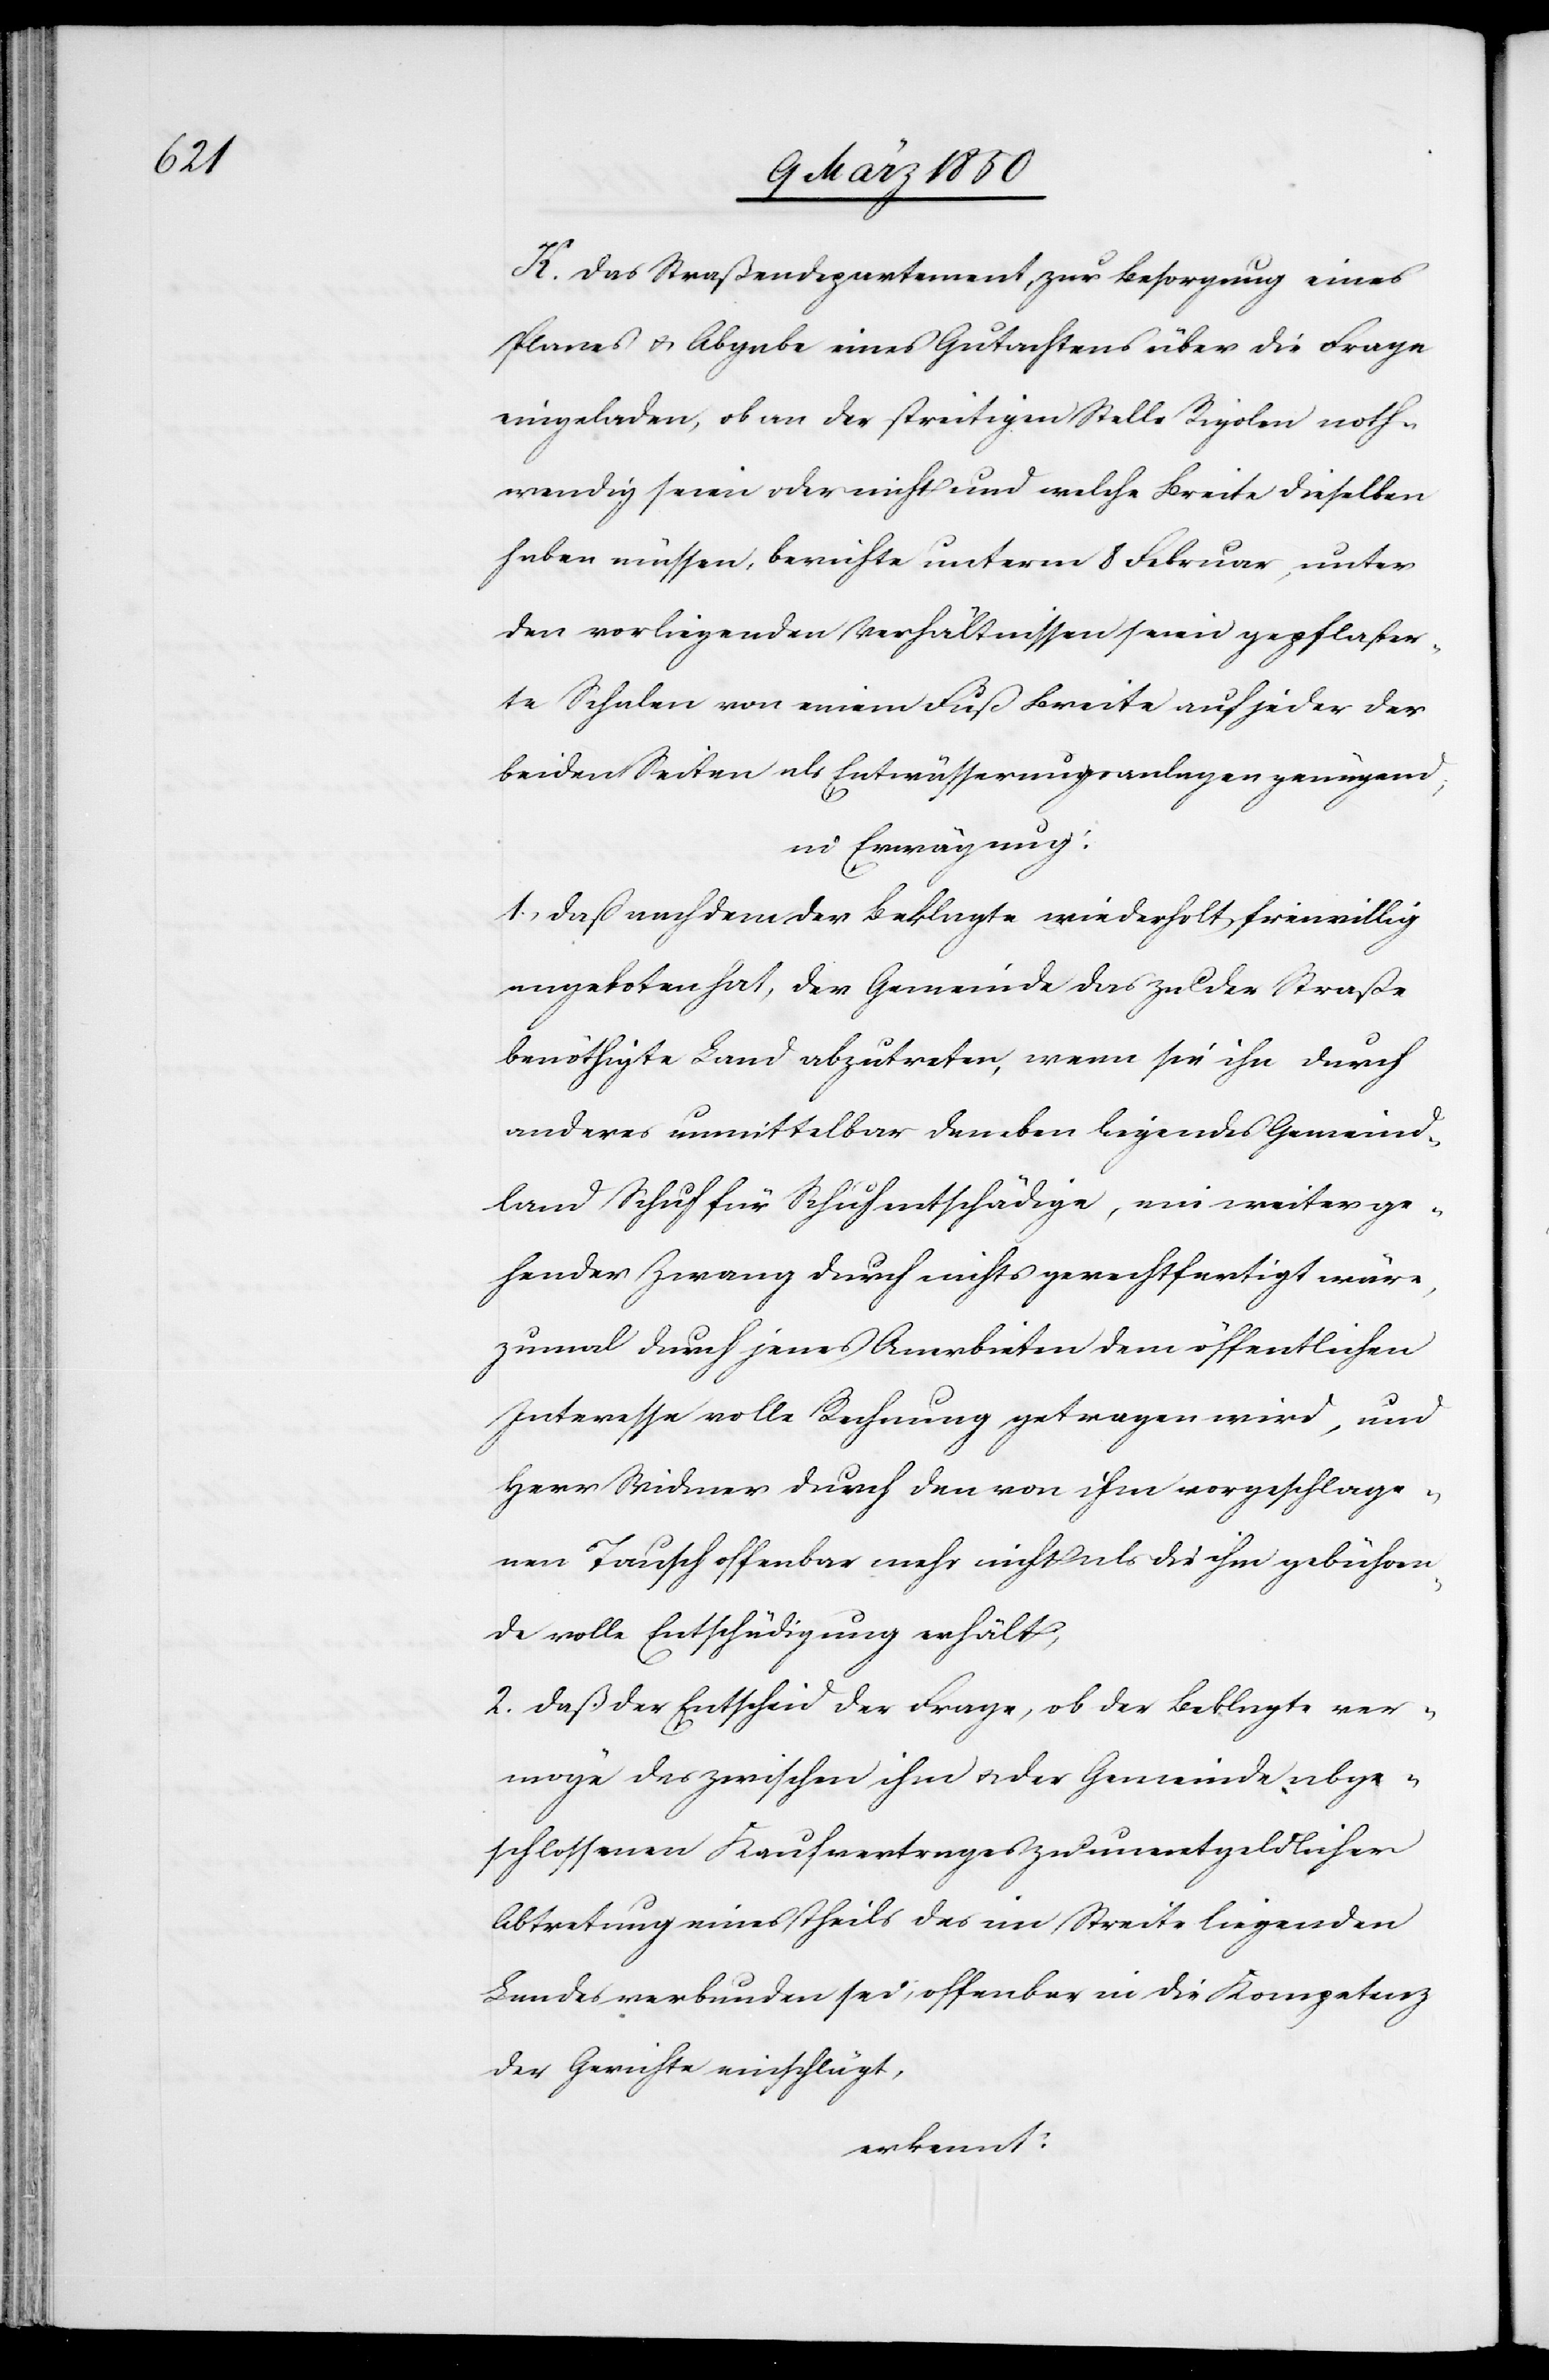
K. Das Straßendepartement, zur Besorgung eines
Planes u. Abgabe eines Gutachtens über die Frage
eingeladen, ob an der streitigen Stelle Rigolen noth¬
wendig seien oder nicht und welche Breite dieselben
haben müssen, berichte unterm 8 Februar, unter
den vorliegenden Verhältnissen seien gepflaster¬
te Schalen von einem Fuß Breite auf jeder der
beiden Seiten als Entwässerungsanlagen genügend;
in Erwägung:
1. Daß nachdem der Beklagte wiederholt freiwillig
angeboten hat, der Gemeinde das zu der Straße
benöthigte Land abzutreten, wenn sie ihn durch
anderes unmittelbar daneben liegendes Gemeind¬
land Schuh für Schuh entschädige, ein weiter ge¬
hender Zwang durch nichts gerechtfertigt wäre,
zumal durch jenes Anerbieten dem öffentlichen
Interesse volle Rechnung getragen wird, und
Herr Widmer durch den von ihm vorgeschlage¬
nen Tausch offenbar mehr nicht als die ihm gebühren¬
de volle Entschädigung erhält;
2. Daß der Entscheid der Frage, ob der Beklagte ver¬
möge des zwischen ihm u. der Gemeinde abge¬
schlossenen Kaufvertrages zu unentgeldlicher
Abtretung eines Theils des im Streite liegenden
Landes verbunden sei; offenbar in die Kompetenz
der Gerichte einschlägt,
erkennt: